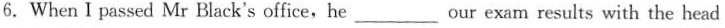
6.When I passed Mr Black's office，he \underline our exam results with the head